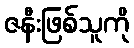
ဇနီးဖြစ်သူကို